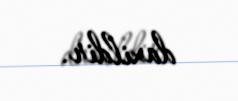
daxildir.